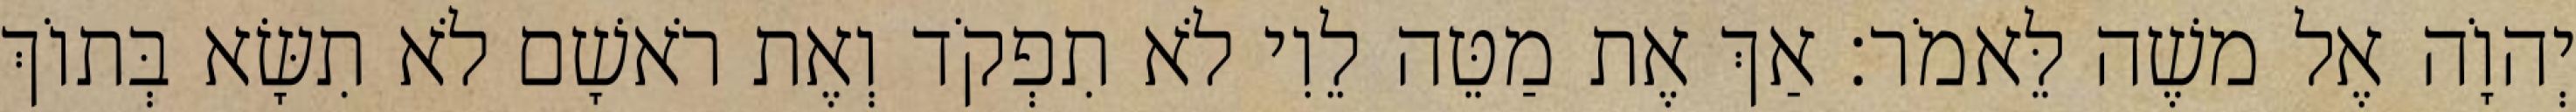
יְהוָֹה אֶל משֶׁה לֵּאמֹר׃ אַךְ אֶת מַטֵּה לֵוִי לֹא תִפְקֹד וְאֶת רֹאשָׁם לֹא תִשָּׂא בְּתוֹךְ